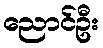
ညောင်ဦး